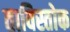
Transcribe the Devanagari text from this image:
ताविस्तोक